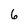
Character: 6